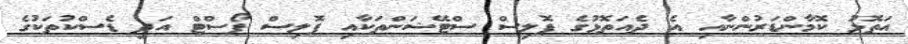
އަތޮޅު ކޮމާންޑަރުންނާއި އެ ދެއަތޮޅުގެ ޕޮލިސް ސްޓޭޝަންތަކާއި ޕޮލިސް ޕޯސްޓް އަދި ޑެސްކުތަކުގެ